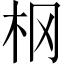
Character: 㭎